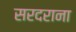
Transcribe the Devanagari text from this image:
सरदराना